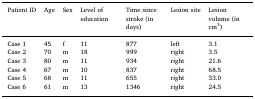
<table><thead><tr><td><b>Patient ID</b></td><td><b>Age</b></td><td><b>Sex</b></td><td><b>Level of education</b></td><td><b>Time since stroke (in days)</b></td><td><b>Lesion site</b></td><td><b>Lesion volume (in cm<sup>3</sup>)</b></td></tr></thead><tbody><tr><td>Case 1</td><td>45</td><td>f</td><td>11</td><td>877</td><td>left</td><td>3.1</td></tr><tr><td>Case 2</td><td>70</td><td>m</td><td>18</td><td>999</td><td>right</td><td>3.5</td></tr><tr><td>Case 3</td><td>80</td><td>m</td><td>11</td><td>934</td><td>right</td><td>21.6</td></tr><tr><td>Case 4</td><td>67</td><td>m</td><td>10</td><td>837</td><td>right</td><td>68.5</td></tr><tr><td>Case 5</td><td>68</td><td>m</td><td>11</td><td>655</td><td>right</td><td>33.0</td></tr><tr><td>Case 6</td><td>61</td><td>m</td><td>13</td><td>1346</td><td>right</td><td>24.5</td></tr></tbody></table>